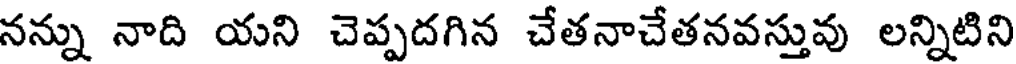
నన్ను నాది యని చెప్పదగిన చేతనాచేతనవస్తువు లన్నిటిని